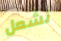
نشعل